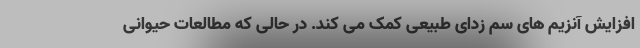
افزایش آنزیم های سم زدای طبیعی کمک می کند. در حالی که مطالعات حیوانی